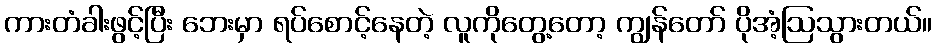
ကားတံခါးဖွင့်ပြီး ဘေးမှာ ရပ်စောင့်နေတဲ့ လူကိုတွေ့တော့ ကျွန်တော် ပိုအံ့ဩသွားတယ်။